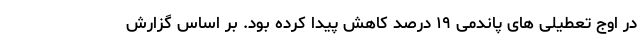
در اوج تعطیلی های پاندمی ۱۹ درصد کاهش پیدا کرده بود. بر اساس گزارش